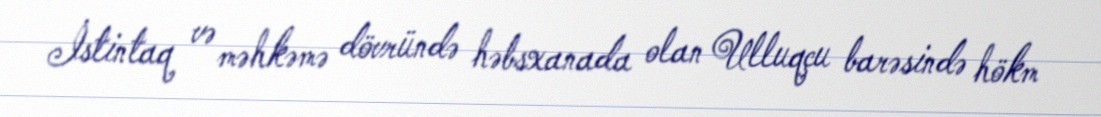
İstintaq və məhkəmə dövründə həbsxanada olan Ulluqçu barəsində hökm